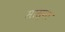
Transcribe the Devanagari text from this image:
सास्ना